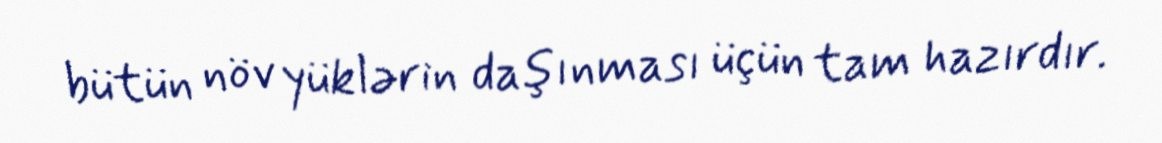
bütün növ yüklərin daşınması üçün tam hazırdır.